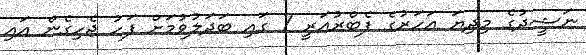
ނަޝީދުގެ މިދިޔަ އަހަރުގެ ފެބްރުއަރީ 7 ގައި ބަދަލުވުމަށް ފަހު ޖެހިގެން އައި